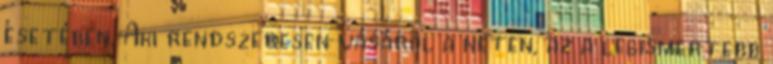
esetében. Aki rendszeresen vásárol a neten, az a legismertebb